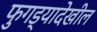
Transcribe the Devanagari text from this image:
फुगड्यादेखील